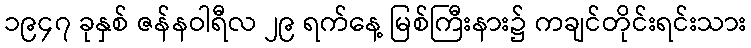
၁၉၄၇ ခုနှစ် ဇန်နဝါရီလ ၂၉ ရက်နေ့ မြစ်ကြီးနား၌ ကချင်တိုင်းရင်းသား